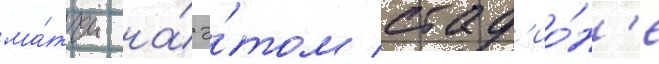
ма́тчи на́ э́том стад'ио́н'е